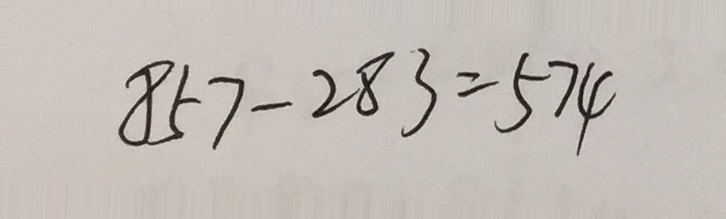
8 5 7 - 2 8 3 = 5 7 4